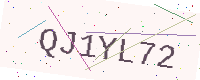
Text: QJ1YL72